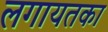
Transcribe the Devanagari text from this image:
लगायतका